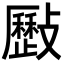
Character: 𣀥